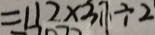
= 1 1 2 \times 3 1 7 \cdot \div 2